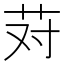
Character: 𰰱